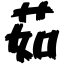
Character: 茹